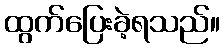
ထွက်ပြေးခဲ့ရသည်။